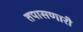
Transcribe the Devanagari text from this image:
तपासणारी